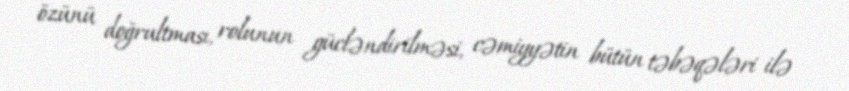
özünü doğrultması, rolunun gücləndirilməsi, cəmiyyətin bütün təbəqələri ilə